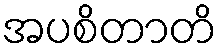
အပစိတာတိ